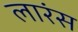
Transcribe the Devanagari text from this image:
लारंस